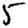
Digit: 5